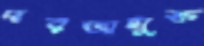
দরজামুক্ত